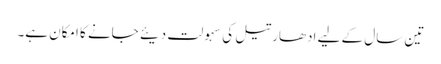
تین سال کے لیے ادھار تیل کی سہولت دیئے جانے کا امکان ہے۔